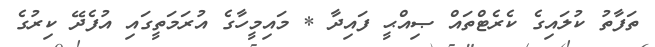
ތަފާތު ކުލައިގެ ކެރެޓްތައް ޞިއްޙީ ފައިދާ * މައިމީހާގެ އުރަމަތީގައި އުފެދޭ ކިރުގެ